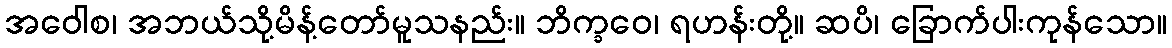
အဝေါစ၊ အဘယ်သို့မိန့်တော်မူသနည်း။ ဘိက္ခဝေ၊ ရဟန်းတို့။ ဆပိ၊ ခြောက်ပါးကုန်သော။